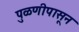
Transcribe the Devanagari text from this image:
पुळणीपासून